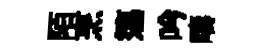
陌烹簜吟疇